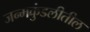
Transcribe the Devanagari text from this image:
जन्मकुंडलीतील